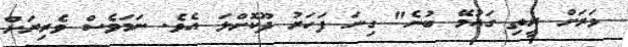
ވަރަށް ރީތި ގައުމޭ ބުނެ" ގިނަ ފަހަރު ދޫކޮށްލަ އެވެ. ނަމަވެސް ވެރިރަށް